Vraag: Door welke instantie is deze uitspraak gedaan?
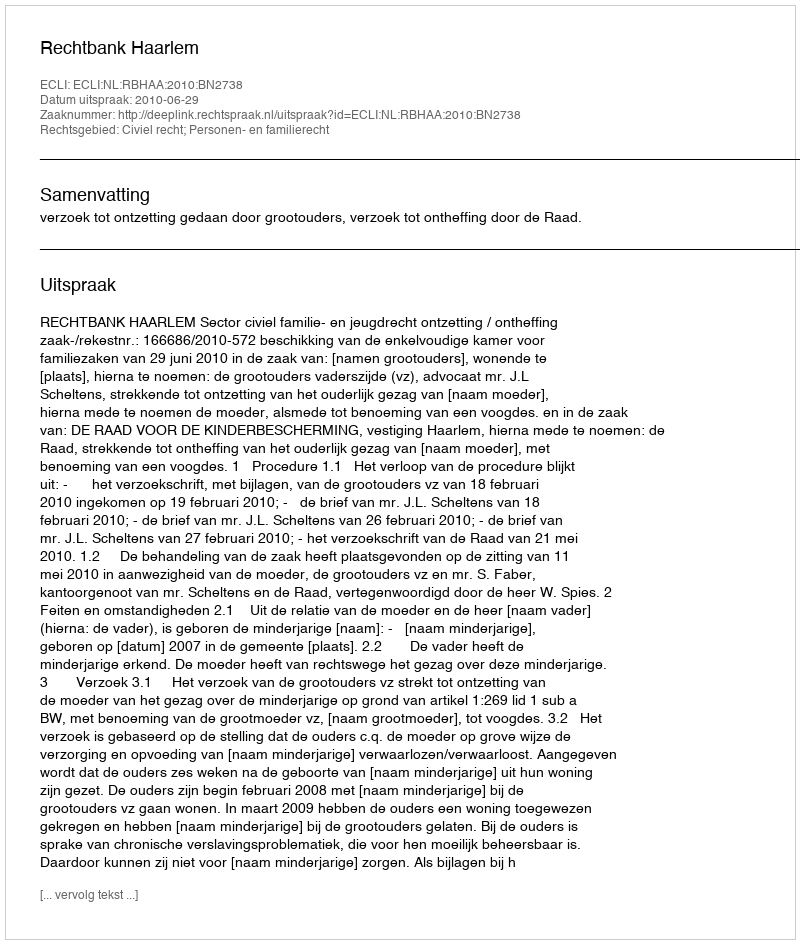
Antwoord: Rechtbank Haarlem